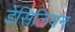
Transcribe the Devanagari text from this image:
डेसिलियन